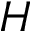
H